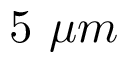
5 ~ \mu m